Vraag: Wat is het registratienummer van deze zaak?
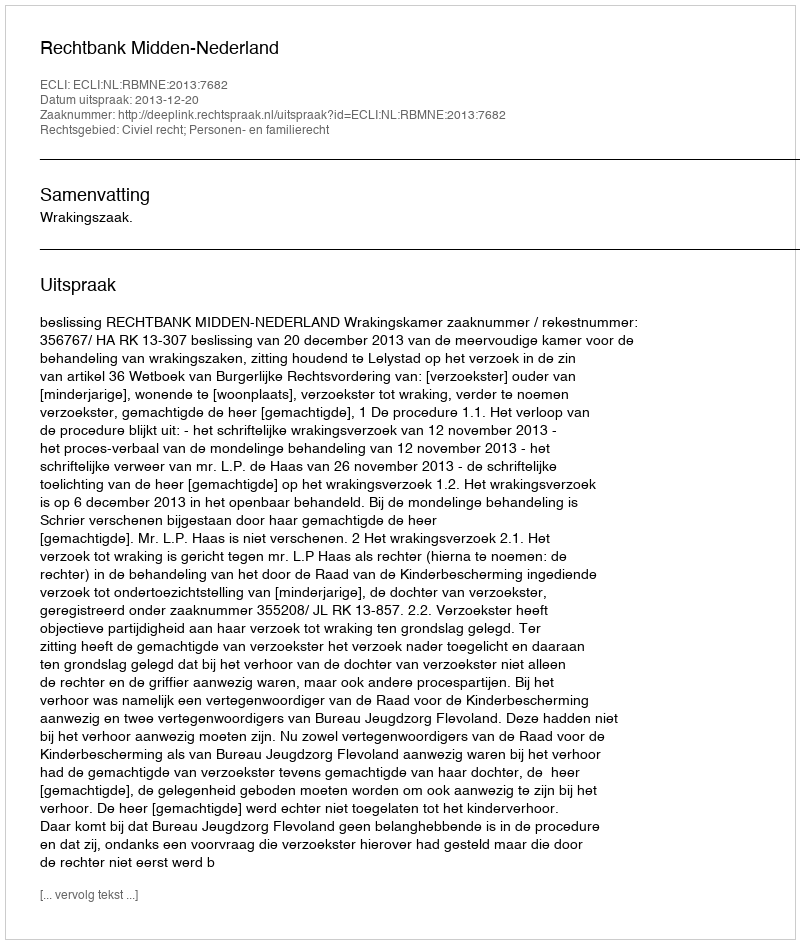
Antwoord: http://deeplink.rechtspraak.nl/uitspraak?id=ECLI:NL:RBMNE:2013:7682